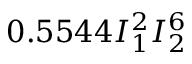
0 . 5 5 4 4 I _ { 1 } ^ { 2 } I _ { 2 } ^ { 6 }